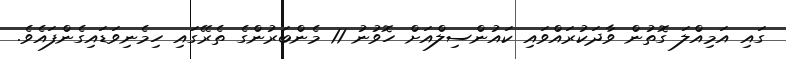
ގައި އަމިއްލަ ގޮތުން ވާދަކުރައްވައި ކައުންސިލްއަށް ހޮވުނު 11 މެންބަރުންގެ ތެރޭގައި ހިމެނިވަޑައިގެންފައެވެ.